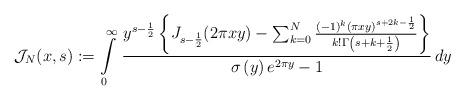
LaTeX: \begin{align*}\mathcal{J}_{N}(x,s):=\intop_{0}^{\infty}\,\frac{y^{s-\frac{1}{2}}\left\{ J_{s-\frac{1}{2}}(2\pi xy)-\sum_{k=0}^{N}\frac{\left(-1\right)^{k}\left(\pi xy\right)^{s+2k-\frac{1}{2}}}{k!\Gamma\left(s+k+\frac{1}{2}\right)}\right\} }{\sigma\left(y\right)e^{2\pi y}-1}\,dy\end{align*}